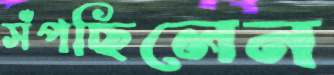
সঁপছিলেন